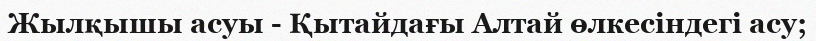
Жылқышы асуы - Қытайдағы Алтай өлкесіндегі асу;